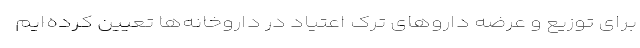
برای توزیع و عرضه دارو‌های ترک اعتیاد در داروخانه‌ها تعیین کرده‌ایم